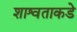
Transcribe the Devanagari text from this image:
शाश्वताकडे